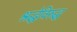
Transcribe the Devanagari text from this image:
श्रद्धेविरुद्ध